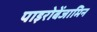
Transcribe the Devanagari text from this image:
पाइरोबेंजामिन